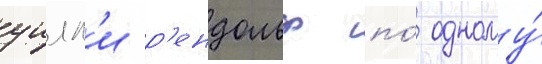
уилл'и р'ендольф по́ одному́